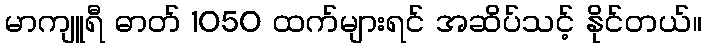
မာကျူရီ ဓာတ် 1050 ထက်များရင် အဆိပ်သင့် နိုင်တယ်။